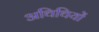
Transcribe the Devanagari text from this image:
अथिथियों